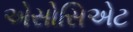
એસોસિએટ